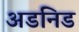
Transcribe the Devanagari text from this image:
अडनिड